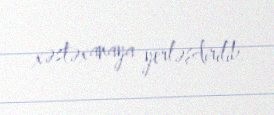
xəstəxanaya yerləşdirilib.